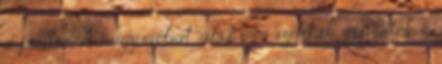
a padon. A nagyszobát, ahol inni szoktak, söpörték. -